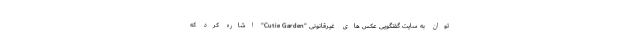
توان به سایت گفتگویی عکس های غیرقانونی "Cutie Garden" اشاره کرد که